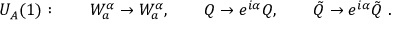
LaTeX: U _ { A } ( 1 ) : \qquad W _ { a } ^ { \alpha } \rightarrow W _ { a } ^ { \alpha } , \qquad Q \rightarrow e ^ { i \alpha } Q , \qquad \tilde { Q } \rightarrow e ^ { i \alpha } \tilde { Q } \ .